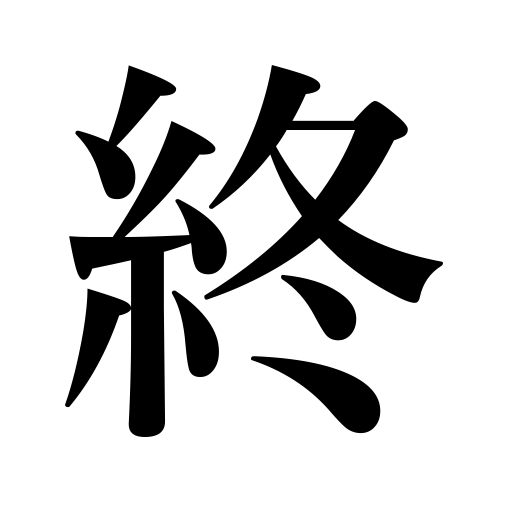
Meanings: terminate,end,complete,be over,adjourn,finish,die